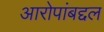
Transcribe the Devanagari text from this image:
आरोपांबद्दल